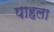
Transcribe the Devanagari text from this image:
पाहला